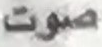
صوت